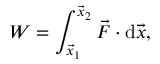
W = \int _ { { \vec { x } } _ { 1 } } ^ { { \vec { x } } _ { 2 } } { { \vec { F } } \cdot { \mathrm { d } { \vec { x } } } } ,